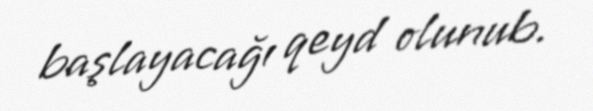
başlayacağı qeyd olunub.